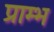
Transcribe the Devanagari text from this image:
प्राम्‍भ